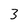
Character: 3